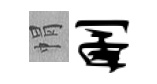
㡌删